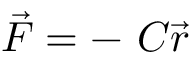
{ \vec { F } } = - \ C { \vec { r } }